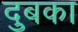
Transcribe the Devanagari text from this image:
दुबका